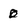
Character: 0